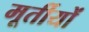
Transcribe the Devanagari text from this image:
मूर्तीयों